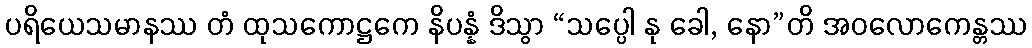
ပရိယေသမာနဿ တံ ထုသကောဋ္ဌကေ နိပန္နံ ဒိသွာ “သပ္ပေါ နု ခေါ, နော”တိ အဝလောကေန္တဿ